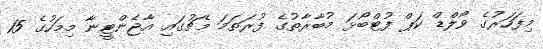
މިފަހަރުގެ ވޯލްޑް ކަޕް ފުޓްބޯޅަ މުބާރާތުގެ ފުރަތަމަ މެޗުގައި އާޖެންޓީނާ މިމަހުގެ 15